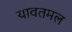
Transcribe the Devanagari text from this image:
यावतमल